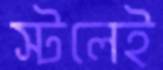
স্টলেই